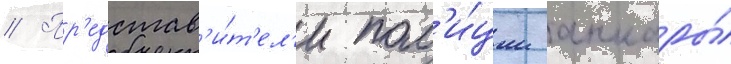
// Пр'едстав'и́т'ел'и пол'и́ции анкары́